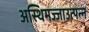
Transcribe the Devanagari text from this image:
अस्थिमज्जाउत्पन्न